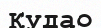
Кудао